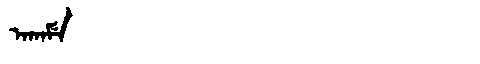
Manchu: ᠠᡴᠠᠮᡝ
Romanization: AKAME